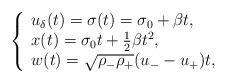
LaTeX: \begin{align*}\left\{\begin{array}{ll}u_\delta(t)=\sigma(t)=\sigma_0+\beta t,\\x(t)=\sigma_{0} t+\frac{1}{2}\beta t^2,\\w(t)=\sqrt{\rho_-\rho_+}(u_--u_+)t,\end{array}\right.\end{align*}